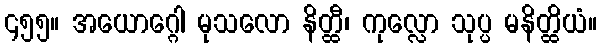
၄၅၅။ အယောဂ္ဂေါ မုသလော နိတ္ထီ၊ ကုလ္လော သုပ္ပ မနိတ္ထိယံ။